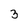
Character: 3